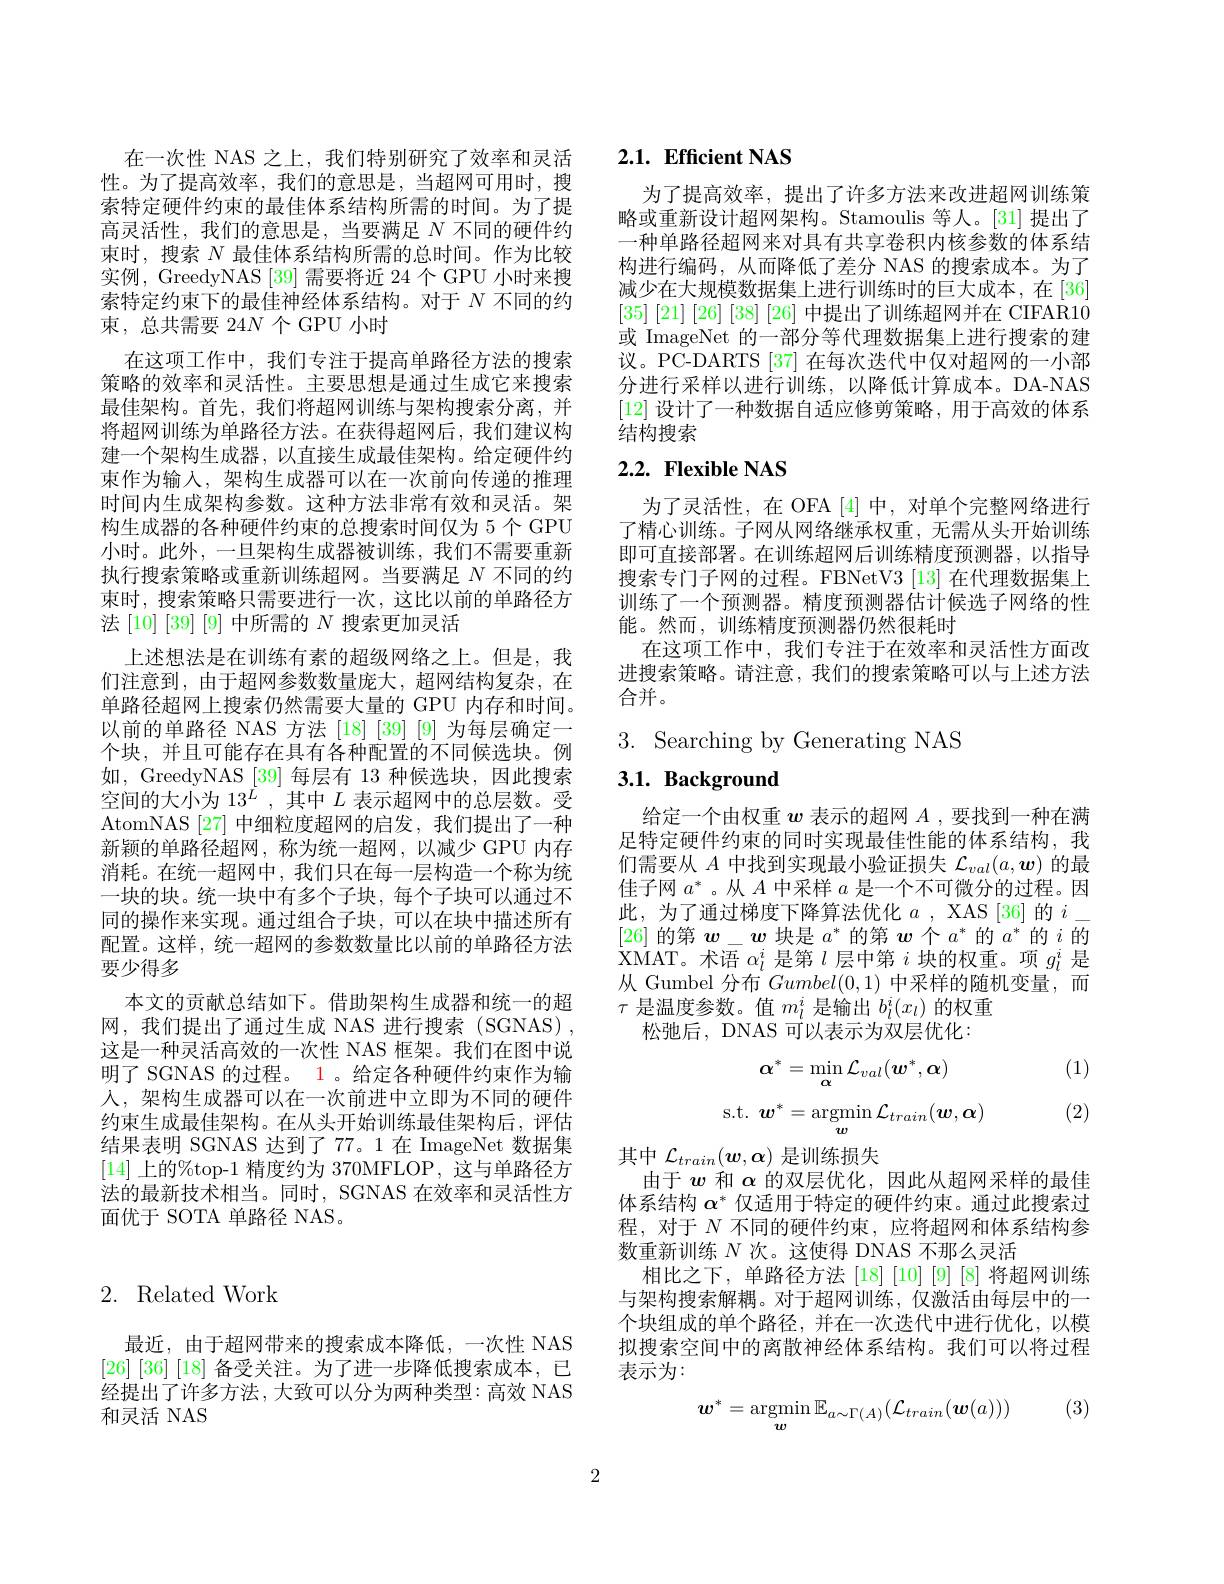
在一次性 NAS 之上，我们特别研究了效率和灵活性。为了提高效率，我们的意思是，当超网可用时，搜索特定硬件约束的最佳体系结构所需的时间。为了提高灵活性，我们的意思是，当要满足$N$不同的硬件约束时，搜索 N 最佳体系结构所需的总时间。作为比较实例，GreedyNAS [39] 需要将近 24 个 GPU 小时来搜索特定约束下的最佳神经体系结构。对于$N$不同的约束，总共需要 24$N$个 GPU 小时
在这项工作中，我们专注于提高单路径方法的搜索策略的效率和灵活性。主要思想是通过生成它来搜索最佳架构。首先，我们将超网训练与架构搜索分离，并将超网训练为单路径方法。在获得超网后，我们建议构建一个架构生成器，以直接生成最佳架构。给定硬件约束作为输入，架构生成器可以在一次前向传递的推理时间内生成架构参数。这种方法非常有效和灵活。架构生成器的各种硬件约束的总搜索时间仅为 5 个 GPU 小时。此外，一旦架构生成器被训练，我们不需要重新执行搜索策略或重新训练超网。当要满足$N$不同的约束时，搜索策略只需要进行一次，这比以前的单路径方法[10][39][9]中所需的$N$搜索更加灵活
上述想法是在训练有素的超级网络之上。但是，我们注意到，由于超网参数数量庞大，超网结构复杂，在单路径超网上搜索仍然需要大量的 GPU 内存和时间。以前的单路径 NAS 方法 [18] [39] [9] 为每层确定一个块，并且可能存在具有各种配置的不同候选块。例如，GreedyNAS [39]每层有 13 种候选块，因此搜索空间的大小为 13$^{\dot{L}}$ , 其中$L$表示超网中的总层数。受AtomNAS [27]中细粒度超网的启发，我们提出了一种新颖的单路径超网，称为统一超网，以减少 GPU 内存消耗。在统一超网中，我们只在每一层构造一个称为统一块的块。统一块中有多个子块，每个子块可以通过不同的操作来实现。通过组合子块，可以在块中描述所有配置。这样，统一超网的参数数量比以前的单路径方法要少得多
本文的贡献总结如下。借助架构生成器和统一的超网，我们提出了通过生成 NAS 进行搜索 (SGNAS) , 这是一种灵活高效的一次性 NAS 框架。我们在图中说明了 SGNAS 的过程。1 。给定各种硬件约束作为输人，架构生成器可以在一次前进中立即为不同的硬件约束生成最佳架构。在从头开始训练最佳架构后，评估结果表明 SGNAS 达到了77。1在 ImageNet 数据集[14]上的%top-1 精度约为 370MFLOP, 这与单路径方法的最新技术相当。同时，SGNAS 在效率和灵活性方面优于 SOTA 单路径 NAS。

# 2. Related Work

最近，由于超网带来的搜索成本降低，一次性 NAS [26] [36] [18] 备受关注。为了进一步降低搜索成本，已经提出了许多方法，大致可以分为两种类型：高效 NAS 和灵活 NAS

## $2. 1. \textbf{Efficient NAS}$

为了提高效率，提出了许多方法来改进超网训练策略或重新设计超网架构。Stamoulis 等人。[31] 提出了一种单路径超网来对具有共享卷积内核参数的体系结构进行编码，从而降低了差分 NAS 的搜索成本。为了减少在大规模数据集上进行训练时的巨大成本，在[36] $[35]\left[21\right]\left[26\right]\left[38\right]\left[26\right]$中提出了训练超网并在 CIFAR10或 ImageNet 的一部分等代理数据集上进行搜索的建议。PC-DARTS [37] 在每次迭代中仅对超网的一小部分进行采样以进行训练，以降低计算成本。DA-NAS [12]设计了一种数据自适应修剪策略，用于高效的体系结构搜索

# $2. 2. \textbf{ Flexible NAS}$

为了灵活性，在 OFA [4]中，对单个完整网络进行了精心训练。子网从网络继承权重，无需从头开始训练即可直接部署。在训练超网后训练精度预测器，以指导搜索专门子网的过程。FBNetV3 [13] 在代理数据集上训练了一个预测器。精度预测器估计候选子网络的性能。然而，训练精度预测器仍然很耗时
在这项工作中，我们专注于在效率和灵活性方面改进搜索策略。请注意，我们的搜索策略可以与上述方法合并。

$3.{\mathrm{~Searching~by~Generating~NAS}}$

3.1. Background

给定一个由权重$w$表示的超网$A$ ,要找到一种在满足特定硬件约束的同时实现最佳性能的体系结构，我们需要从$A$中找到实现最小验证损失$\mathcal{L}_val(a,\boldsymbol{w})$的最佳子网$a^*$。从$A$中采样$a$是一个不可微分的过程。因此，为了通过梯度下降算法优化$a$ , XAS [36]的$i_{-}$ $\begin{array}{c}[26]\text{ 的第 }\boldsymbol{w}_{-}\boldsymbol{w}&\text{块是 }a^{*}\text{ 的第 }\boldsymbol{w}&\text{个}a^{*}\text{ 的 }a^{*}\text{ 的 }i\text{ 的}\\\mathbf{VMAT}&\text{卡活}_{-i\text{ 目答 }l\text{ 已中符}}&\text{:此的切垂}&\text{而}i\text{ 目}\end{array}$ XMAT。术语$\alpha_l^i$是第$l$层中第$i$块的权重。项$g_l^i$是从 Gumbel 分布$Gumbel(0,1)$中采样的随机变量，而$\tau$是温度参数。值$m_l^i$是输出$b_l^i(x_l)$的权重
松弛后，DNAS 可以表示为双层优化：

(1)
$$\alpha^{*}=\operatorname*{min}_{\alpha}\mathcal{L}_{val}(\boldsymbol{w}^{*},\boldsymbol{\alpha})\\\mathrm{s.t.}\:\boldsymbol{w}^{*}=\operatorname*{argmin}_{\boldsymbol{w}}\mathcal{L}_{train}(\boldsymbol{w},\boldsymbol{\alpha})$$
(2)

其中$\mathcal{L}_train(\boldsymbol{w},\boldsymbol{\alpha})$是训练损失
由于$w$和$\alpha$的双层优化，因此从超网采样的最佳体系结构$\alpha^*$仅适用于特定的硬件约束。通过此搜索过程，对于$N$不同的硬件约束，应将超网和体系结构参数重新训练$N$次。这使得 DNAS 不那么灵活
相比之下，单路径方法[18][10][9][8]将超网训练与架构搜索解耦。对于超网训练，仅激活由每层中的一个块组成的单个路径，并在一次迭代中进行优化，以模拟搜索空间中的离散神经体系结构。我们可以将过程表示为：

(3)
$$\boldsymbol{w}^*=\mathop{\mathrm{argmin}}_{\boldsymbol{w}}\mathbb{E}_{a\sim\Gamma(A)}(\mathcal{L}_{train}(\boldsymbol{w}(a)))$$
2